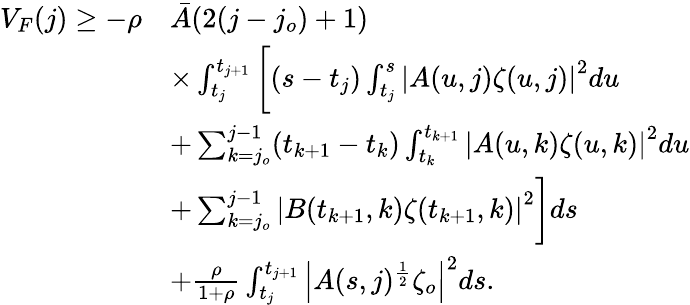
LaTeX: \begin{array}{rl}{V_{F}(j)\geq-\rho}&{\bar{A}(2(j-j_{o})+1)}\\ &{\times\int_{t_{j}}^{t_{j+1}}\bigg[(s-t_{j})\int_{t_{j}}^{s}\left|A(u,j)\zeta(u,j)\right|^{2}du}\\ &{+\sum_{k=j_{o}}^{j-1}(t_{k+1}-t_{k})\int_{t_{k}}^{t_{k+1}}\left|A(u,k)\zeta(u,k)\right|^{2}du}\\ &{+\sum_{k=j_{o}}^{j-1}\left|B(t_{k+1},k)\zeta(t_{k+1},k)\right|^{2}\bigg]ds}\\ &{+\frac{\rho}{1+\rho}\int_{t_{j}}^{t_{j+1}}\left|A(s,j)^{\frac{1}{2}}\zeta_{o}\right|^{2}ds.}\end{array}